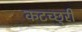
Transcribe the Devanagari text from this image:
कटच्छुरी